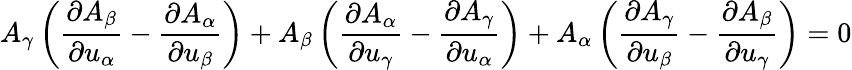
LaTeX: A_{\gamma}\left({\frac{\partial A_{\beta}}{\partial u_{\alpha}}}-{\frac{\partial A_{\alpha}}{\partial u_{\beta}}}\right)+A_{\beta}\left({\frac{\partial A_{\alpha}}{\partial u_{\gamma}}}-{\frac{\partial A_{\gamma}}{\partial u_{\alpha}}}\right)+A_{\alpha}\left({\frac{\partial A_{\gamma}}{\partial u_{\beta}}}-{\frac{\partial A_{\beta}}{\partial u_{\gamma}}}\right)=0